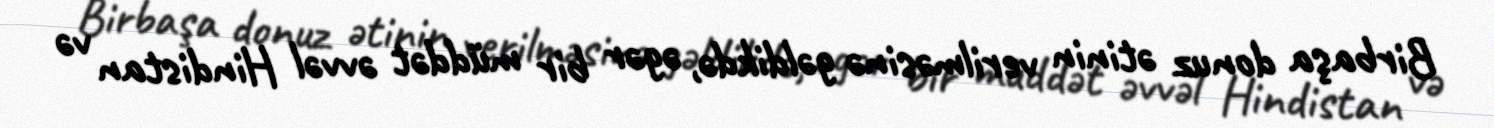
Birbaşa donuz ətinin verilməsinə gəldikdə, əgər bir müddət əvvəl Hindistan və